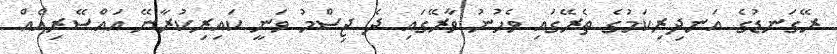
ރޭގަނޑުގެ އަނދިރިކަމުގެ ތެރޭގައި ވެހުނު ވާރޭގައި ދެ ޖިސްމު ވަނީ ކައިރިކުރާނޭ އައްސޭރިއެއް